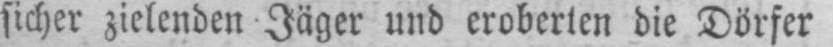
sicher zielenden Jäger und eroberten die Dörfer